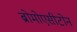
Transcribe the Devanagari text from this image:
ब्रोमोएसीटोन